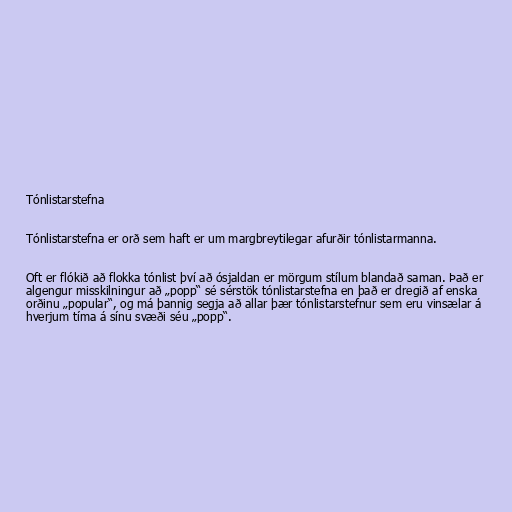
Tónlistarstefna

Tónlistarstefna er orð sem haft er um margbreytilegar afurðir tónlistarmanna.

Oft er flókið að flokka tónlist því að ósjaldan er mörgum stílum blandað saman. Það er
algengur misskilningur að „popp“ sé sérstök tónlistarstefna en það er dregið af enska
orðinu „popular“, og má þannig segja að allar þær tónlistarstefnur sem eru vinsælar á
hverjum tíma á sínu svæði séu „popp“.